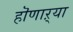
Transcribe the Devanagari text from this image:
हॊणाऱ्या